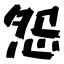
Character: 怨